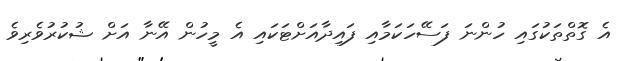
އެ ގޮތްތަކުގައި ހުންނަ ފަސޭހަކަމާއި ފައިދާއަށްޓަކައި އެ މީހުން އޭނާ އަށް ޝުކުރުވެރިވެ